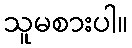
သူမစားပါ။